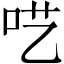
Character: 呓